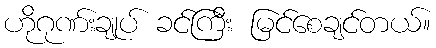
ဟိုဂုဏ်းချုပ် ခင်ကြီး မြင်စေချင်တယ်။